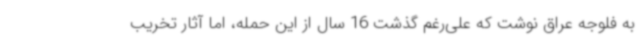
به فلوجه عراق نوشت که علی‌رغم گذشت 16 سال از این حمله، اما آثار تخریب